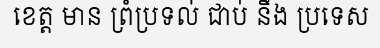
ខេត្ត មាន ព្រំប្រទល់ ជាប់ នឹង ប្រទេស